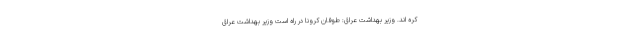
کره اند. وزیر بهداشت عراق: طوفان کرونا در راه است وزیر بهداشت عراق